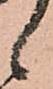
候